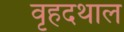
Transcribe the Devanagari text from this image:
वृहदथाल